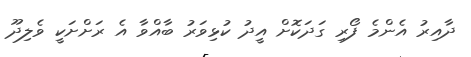
ދާއިރު އެންމެ ފޯރި ގަދަކޮށް އީދު ކުޅިވަރު ބާއްވާ އެ ރަށްށަކީ ވެލިދޫ